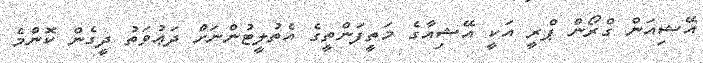
އޭޝިއަން ގްރޯން ޕްރީ އަކީ އޭޝިއާގެ މަތީފަންތީގެ އެތުލީޓުންނަށް ދަޢުވަތު ދީގެން ކޮންމެ